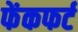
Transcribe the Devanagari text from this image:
फेंकफर्ट